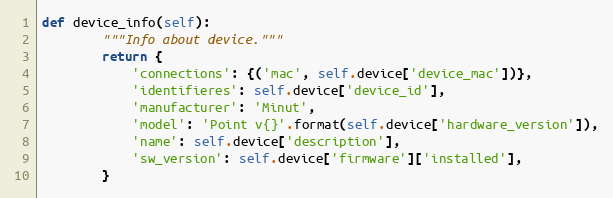
Language: Python
def device_info(self):
        """Info about device."""
        return {
            'connections': {('mac', self.device['device_mac'])},
            'identifieres': self.device['device_id'],
            'manufacturer': 'Minut',
            'model': 'Point v{}'.format(self.device['hardware_version']),
            'name': self.device['description'],
            'sw_version': self.device['firmware']['installed'],
        }